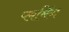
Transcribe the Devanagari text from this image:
प्लमिंग